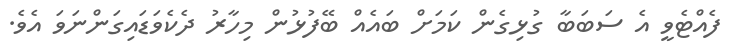
ފެއްޓެވީ އެ ސަބަބާ ގުޅިގެން ކަމަށް ބައެއް ބޭފުޅުން މިހާރު ދެކެވަޑައިގަންނަވަ އެވެ.